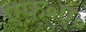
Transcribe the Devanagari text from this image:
एफ़॰ए॰